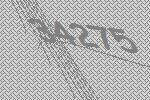
34275